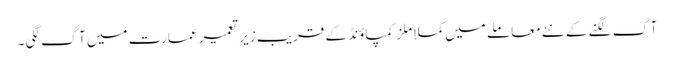
آگ لگنے کے نئے معاملے میں کملا ملز کمپاؤنڈ کے قریب زیر تعمیر عمارت میں آگ لگی ۔